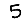
Digit: 5